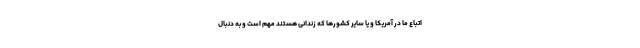
اتباع ما در آمریکا و یا سایر کشورها که زندانی هستند مهم است و به دنبال